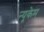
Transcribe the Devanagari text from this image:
न्यूकेम